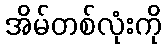
အိမ်တစ်လုံးကို